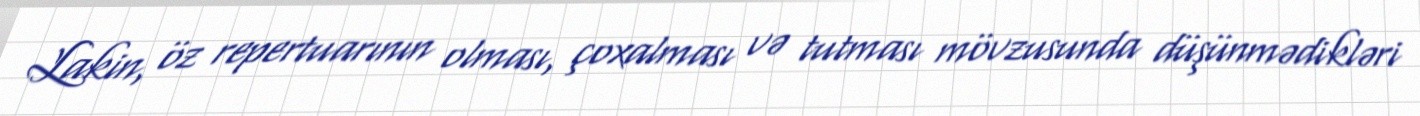
Lakin, öz repertuarının olması, çoxalması və tutması mövzusunda düşünmədikləri